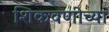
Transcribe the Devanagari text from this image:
शिकवणीच्या